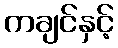
ကချင်နှင့်